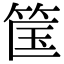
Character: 筺